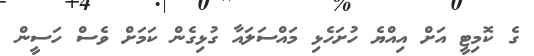
ގެ ކޮމިޓީ އަށް އިއްޔެ ހުށަހެޅި މައްސަލައާ ގުޅިގެން ކަމަށް ވެސް ހަސީން